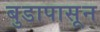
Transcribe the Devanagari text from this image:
बुडापासून